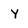
Character: y